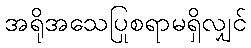
အရိုအသေပြုစရာမရှိလျှင်